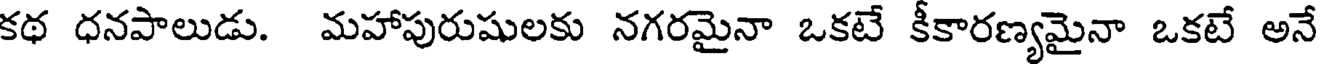
కథ ధనపాలుడు. మహాపురుషులకు నగరమైనా ఒకటే కీకారణ్యమైనా ఒకటే అనే